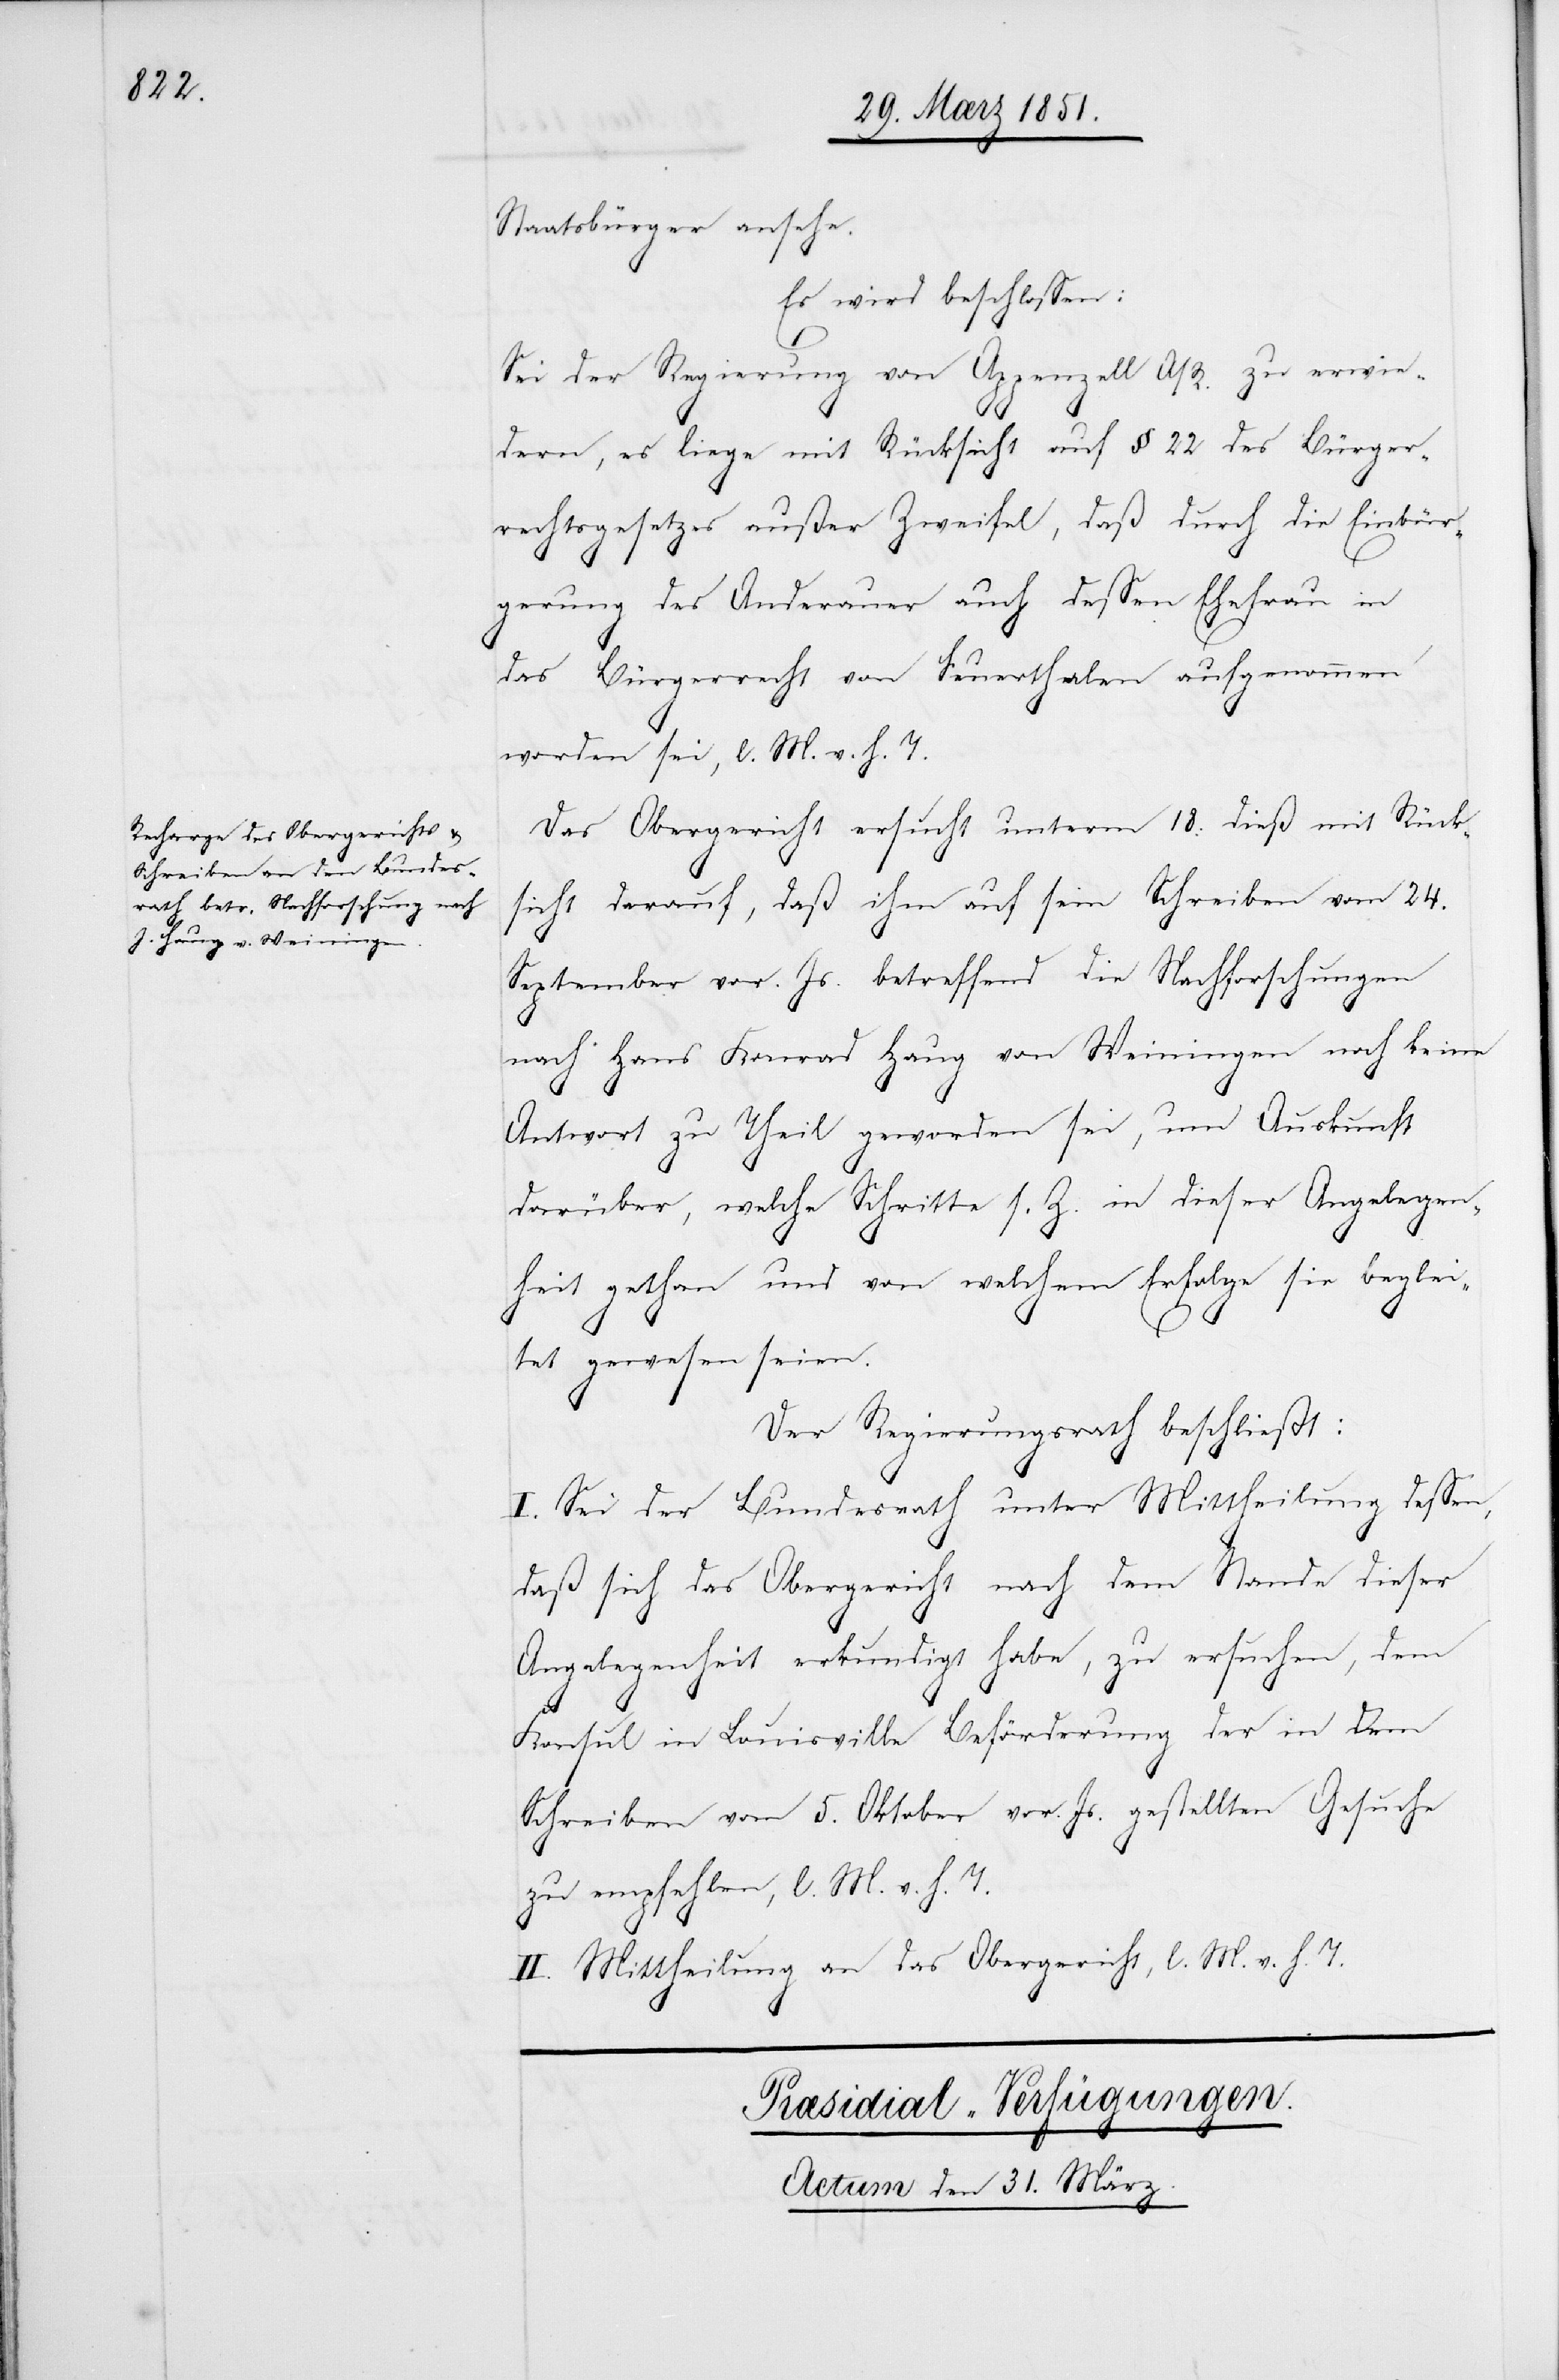
Staatsbürger ansehe.
Es wird beschlossen:
Sei der Regierung von Appenzell A/R. zu erwie¬
dern, es liege mit Rücksicht auf § 22 des Bürger¬
rechtsgesetzes außer Zweifel, daß durch die Einbür¬
gerung des Anderauer auch dessen Ehefrau in
das Bürgerrecht von Feuerthalen aufgenommen
worden sei, l. M. v. h. T.
Das Obergericht ersucht unterm 18. dieß mit Rück¬
sicht darauf, daß ihm auf sein Schreiben vom 24.
September vor. Js. betreffend die Nachforschungen
nach Hans Konrad Haug von Weiningen noch keine
Antwort zu Theil geworden sei, um Auskunft
darüber, welche Schritte s. Z. in dieser Angelegen¬
heit gethan und von welchem Erfolge sie beglei¬
tet gewesen seien.
Der Regierungsrath beschließt:
I. Sei der Bundesrath unter Mittheilung dessen,
daß sich das Obergericht nach dem Stande dieser
Angelegenheit erkundigt habe, zu ersuchen, dem
Konsul in Louisville Beförderung der in dem
Schreiben vom 5. Oktober vor. Js. gestellten Gesuche
zu empfehlen, l. M. v. h. T.
II. Mittheilung an das Obergericht, l. M. v. h. T.
Præsidial-Verfügungen.
Actum den 31. März.